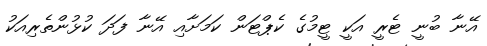
އޭނާ ބުނީ ޓެރީ އަކީ ޓީމުގެ ކެޕްޓަން ކަމަށާއި އޭނާ ފަދަ ކުޅުންތެރިއަކު